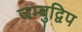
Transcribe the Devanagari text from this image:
जम्‍बुद्विप